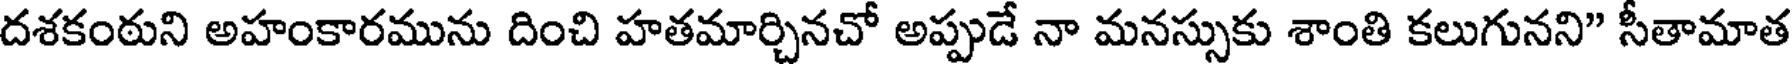
దశకంఠుని అహంకారమును దించి హతమార్చినచో అప్పుడే నా మనస్సుకు శాంతి కలుగునని" సీతామాత